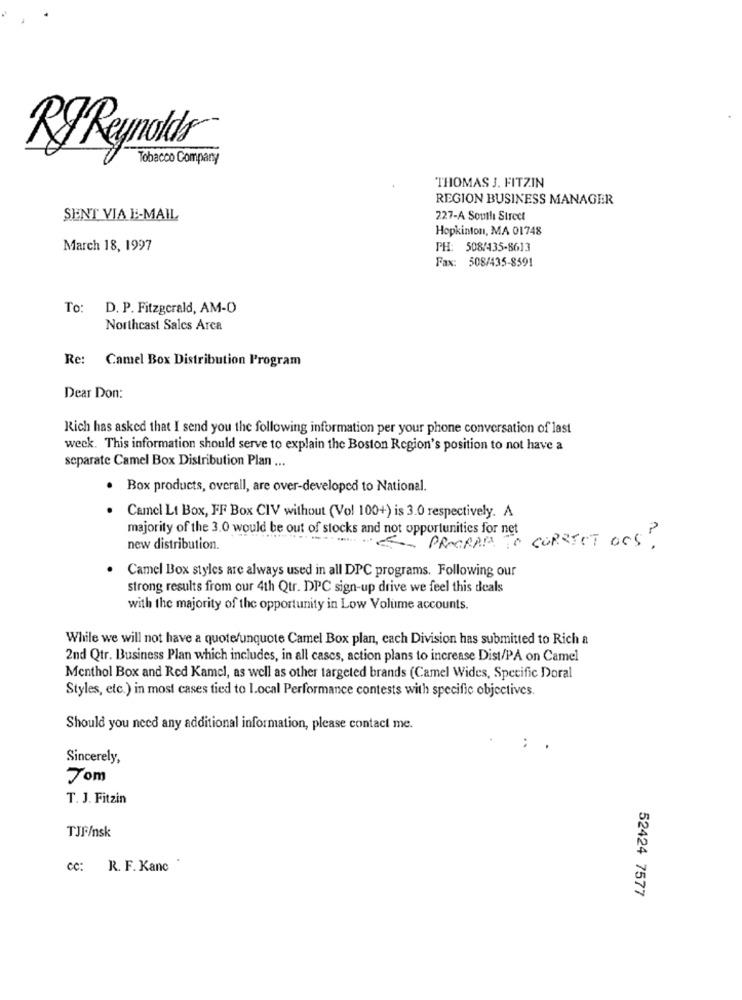
Rg Reynolds
Tobacco Company
THOMAS J. FITZIN
REGION BUSINESS MANAGER
SENT VIA E-MAIL
227-A South Street
Hopkinton, MA 01748
March 18, 1997
PH: 508/435-8613
Fax: 508/435-8591
To:
D. P. Fitzgerald, AM-O
Northeast Sales Area
Re: Camel Box Distribution Program
Dear Don:
Rich has asked that I send you the following information per your phone conversation of last
week. This information should serve to explain the Boston Region's position to not have a
separate Camel Box Distribution Plan ...
· Box products, overall, are over-developed to National.
. Camel Lt Box, FF Box CIV without (Vol 100+) is 3.0 respectively. A
majority of the 3.0 would be out of stocks and not opportunities for net
"ET PROGRAM TO CORRECT OSS?
new distribution.
Camel Box styles are always used in all DPC programs. Following our
strong results from our 4th Qtr. DPC sign-up drive we feel this deals
with the majority of the opportunity in Low Volume accounts.
While we will not have a quote/unquote Camel Box plan, cach Division has submitted to Rich a
2nd Qtr. Business Plan which includes, in all cases, action plans to increase Dist/PA on Camel
Menthol Box and Red Kamel, as well as other targeted brands (Camel Wides, Specific Doral
Styles, etc.) in most cases tied to local Performance contests with specific objectives.
Should you need any additional information, please contact me.
..
Sincerely,
Tom
T. J. Fitzin
TJF /nsk
cc: R. F. Kanc
52424 7577